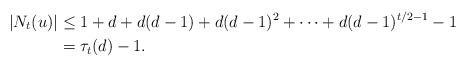
LaTeX: \begin{align*}|N_t(u)| & \le 1+d+d(d-1)+d(d-1)^2+\dots+d(d-1)^{t/2-1} - 1\\& = \tau_t(d) - 1.\end{align*}